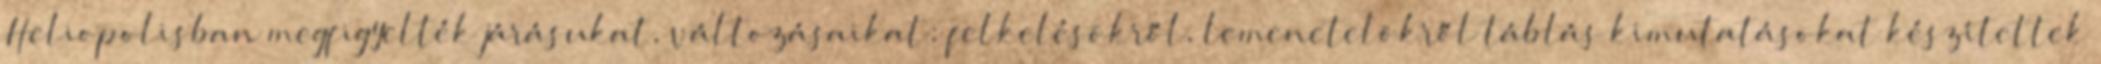
Heliopolisban megfigyelték járásukat, változásaikat; felkelésökről, lemenetelökről táblás kimutatásokat készítettek